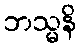
ဘသ္မနိ